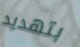
بتهديد